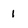
Character: 1